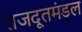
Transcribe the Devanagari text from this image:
राजदूतमंडल